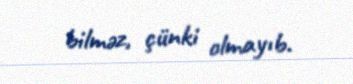
bilməz, çünki olmayıb.